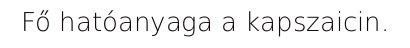
Fő hatóanyaga a kapszaicin.